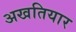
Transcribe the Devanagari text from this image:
अखतियार